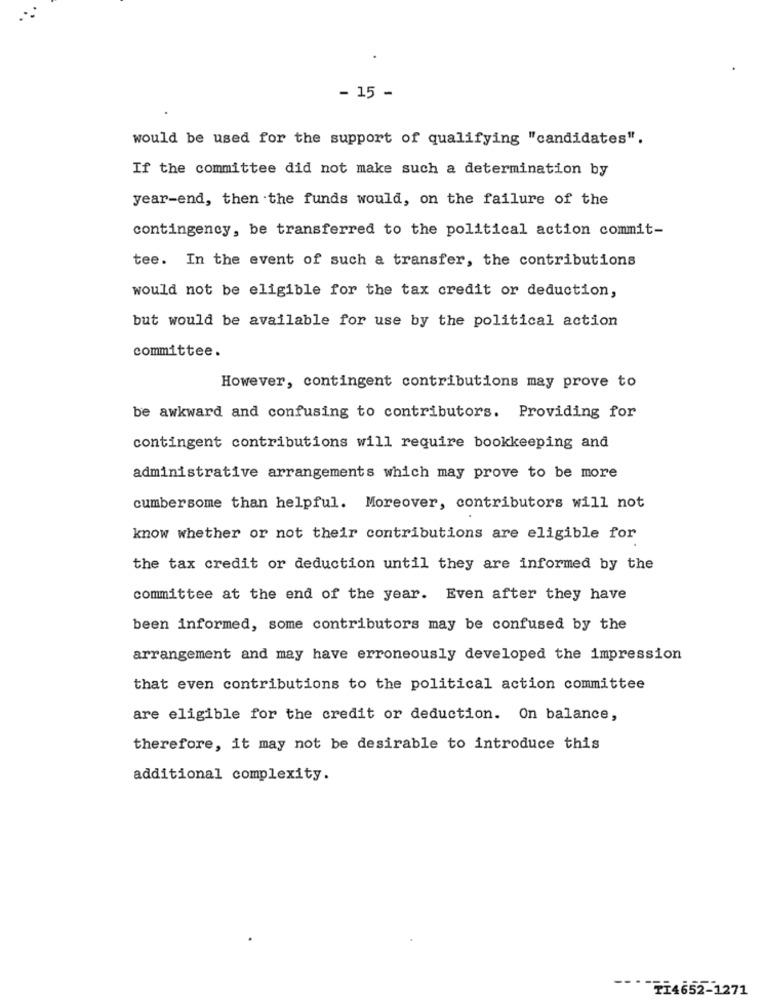
- 15 -
would be used for the support of qualifying "candidates".
If the committee did not make such a determination by
year-end, then the funds would, on the failure of the
contingency, be transferred to the political action commit-
tee. In the event of such a transfer, the contributions
would not be eligible for the tax credit or deduction,
but would be available for use by the political action
committee.
However, contingent contributions may prove to
be awkward and confusing to contributors. Providing for
contingent contributions will require bookkeeping and
administrative arrangements which may prove to be more
cumbersome than helpful. Moreover, contributors will not
know whether or not their contributions are eligible for
the tax credit or deduction until they are informed by the
committee at the end of the year. Even after they have
been informed, some contributors may be confused by the
arrangement and may have erroneously developed the impression
that even contributions to the political action committee
are eligible for the credit or deduction. On balance,
therefore, it may not be desirable to introduce this
additional complexity.
----
TI4652-1271